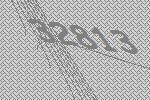
32813